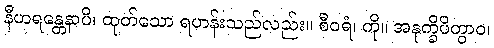
နီဟရန္တေနာပိ၊ ထုတ်သော ရဟန်းသည်လည်း။ စီဝရံ၊ ကို။ အနုက္ခိပိတွာဝ၊